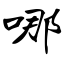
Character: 哪